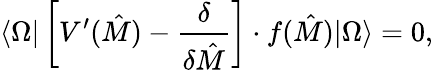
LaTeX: \langle\Omega|\left[V^{\prime}(\hat{M})-{\frac{\delta}{\delta\hat{M}}}\right]\cdot f(\hat{M})|\Omega\rangle=0,